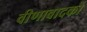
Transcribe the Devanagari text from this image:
वीणावादकों